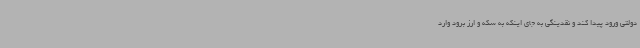
دولتی ورود پیدا کند و نقدینگی به جای اینکه به سکه و ارز برود وارد